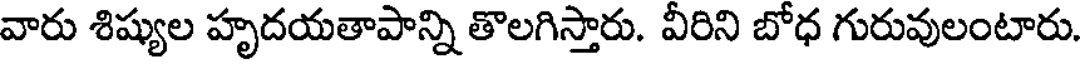
వారు శిష్యుల హృదయతాపాన్ని తొలగిస్తారు. వీరిని బోధ గురువులంటారు.